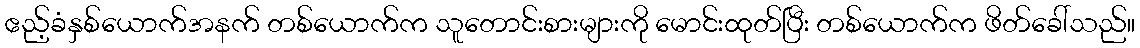
ဧည့်ခံနှစ်ယောက်အနက် တစ်ယောက်က သူတောင်းစားများကို မောင်းထုတ်ပြီး တစ်ယောက်က ဖိတ်ခေါ်သည်။